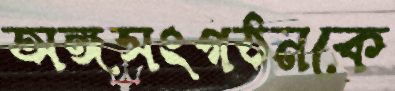
অঙ্গসংগঠনকে